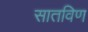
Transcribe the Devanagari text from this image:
सातविण